Epidemic dropsy in Calcutta - Number 49
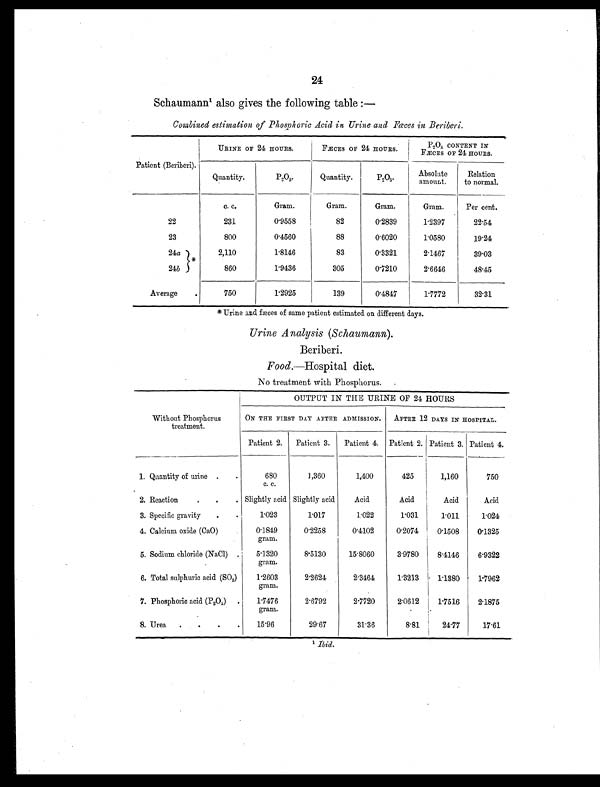
24
Schaumann 1 a l s o g i v e s t h e f o l l o w i n g t a b l e : —
Combined estimation of Phosphoric Acid in Urine and Fæces in Beriberi.
Patient (Beriberi).
URINE OF 24 HOURS.
FÆCES OF 24 HOURS.
P 2 O 5 C O N T E N T I N
FÆCES OF 24 HOURS.
Quantity.
P2 O 5.
Quantity.
P2 O 5.
Absolute
amount.
Relation
to normal.
c. c.
Gram.
Gram.
Gram.
Gram.
Per cent.
22
231
0.9558
82
0.2839
1.2397
2 2 . 5 4
23
800
0.4560
88
0.6020
1.0580
19.24
24a
*
2,110
1.8146
83
0.3321
2.1467
39.03
24b
860
1 . 9 4 3 6
305
0.7210
2.6646
48.45
Average
.
750
1 . 2 9 2 5
139
0.4847
1.7772
32.31
* Urine and fæces of same patient estimated on different days.
Urine Analysis (Schaumann) .
Beriberi.
Food.—Hospital diet.
No treatment with Phosphorus.
Without Phosphorus
treatment.
OUTPUT IN THE URINE OF 24 HOURS
ON THE FIRST DAY AFTER ADMISSION. AFTER 12 DAYS IN HOSPITAL.
Patient 2. Patient 3. Patient 4. Patient 2. Patient 3. Patient 4.
1. Quantity of urine .
.
680
c. c.
1,360
1,400
425
1,160
750
2. Reaction
.
.
. Slightly acid Slightly acid
Acid
Acid
Acid
Acid
3. Specific gravity
.
.
1.023
1.017
1.022
1.031
1.011
1.024
4. Calcium oxide (CaO)
0.1849
gram.
0.2258
0.4102
0.2074
0.1508
0.1325
5. Sodium chloride (NaCl) .
5.1320
gram.
8.5130
15.8060
3.9780
8.4146
6.9322
6. Total sulphuric acid (SO 3 ) 1.2603
gram.
2.2624
2.3464
1.3213 1.1380
1.7962
7. Phosphoric acid (P2O5) . 1.7476
gram.
2.6792
2.7720
2.0612
1.7516
2.1875
8. Urea .
.
.
.
15.96
29.67
31.36
8.81
24.77
17.61
1 Ibid.